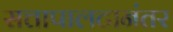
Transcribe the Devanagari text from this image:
सत्तापालटानंतर